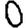
Digit: 0